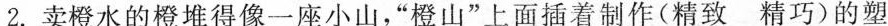
2.卖橙水的橙堆得像一座小山，”橙山”上面插着制作(精致 精巧)的塑